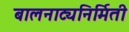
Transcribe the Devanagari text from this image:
बालनाट्यनिर्मिती